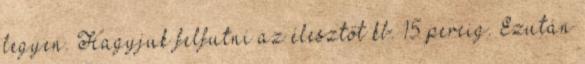
legyen. Hagyjuk felfutni az élesztőt kb. 15 percig. Ezután